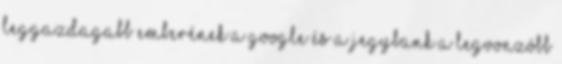
leggazdagabb emberének A Google és a jegybank a legvonzóbb